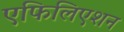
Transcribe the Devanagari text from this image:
एफिलिएशन